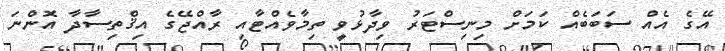
އޭގެ އެއް ސަބަބެއް ކަމަށް މިނިސްޓަރު ވިދާޅުވީ ތިމާވެއްޓާއި ރާއްޖޭގެ އިޤްތިސާދާ އޮންނަ